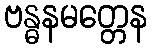
ဗန္ဓနမတ္တေန